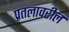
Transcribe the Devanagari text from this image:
प्रतलावरील